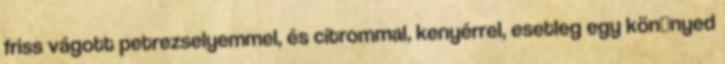
friss vágott petrezselyemmel, és citrommal, kenyérrel, esetleg egy kön�nyed